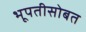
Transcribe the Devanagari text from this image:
भूपतीसोबत